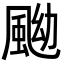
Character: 䬀